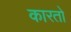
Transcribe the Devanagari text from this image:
कारतो